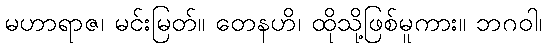
မဟာရာဇ၊ မင်းမြတ်။ တေနဟိ၊ ထိုသို့ဖြစ်မူကား။ ဘဂဝါ၊